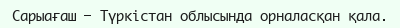
Сарыағаш — Түркістан облысында орналасқан қала.